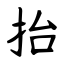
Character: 抬